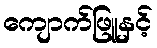
ကျောက်ဖြူနှင့်